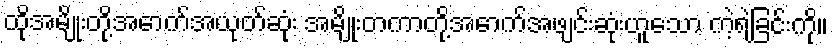
ထိုအမျိုးတို့အောက်အယုတ်ဆုံး အမျိုးတကာတို့အောက်အဖျင်းဆုံးဟူသော ကဲ့ရဲ့ခြင်းကို။